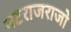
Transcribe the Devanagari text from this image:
नटराजराजो